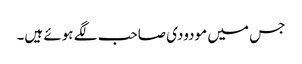
جس میں مودودی صاحب لگے ہوئے ہیں۔